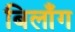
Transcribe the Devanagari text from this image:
बिलाँग